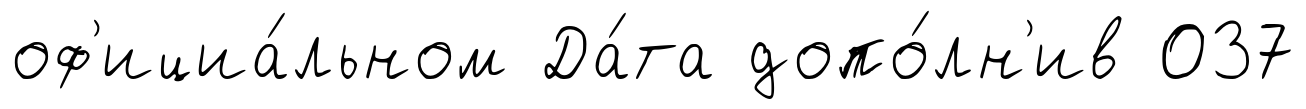
оф'ициа́льном Да́та допо́лн'ив 037